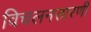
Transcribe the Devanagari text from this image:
विचलनसारणी